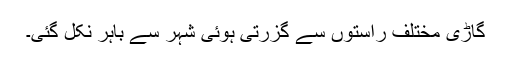
گاڑی مختلف راستوں سے گزرتی ہوئی شہر سے باہر نکل گئی۔